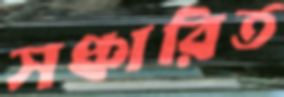
সঞ্চারিত